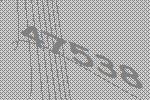
47538